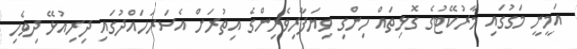
އަމީނީ މަގުގައި މާރުކޭޓުގެ ގޮޅިތައް ހިންގި ވިޔަފާރިވެރިންގެ އިތުރަށް އެސަރަހައްދުގައި ދިރިއުޅޭ ދިވެހި